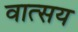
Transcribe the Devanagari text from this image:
वात्सय